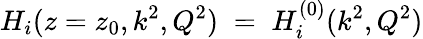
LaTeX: H_{i}(z=z_{0},k^{2},Q^{2})\; =\; H_{i}^{(0)}(k^{2},Q^{2})